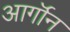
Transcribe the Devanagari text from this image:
आर्गॉन